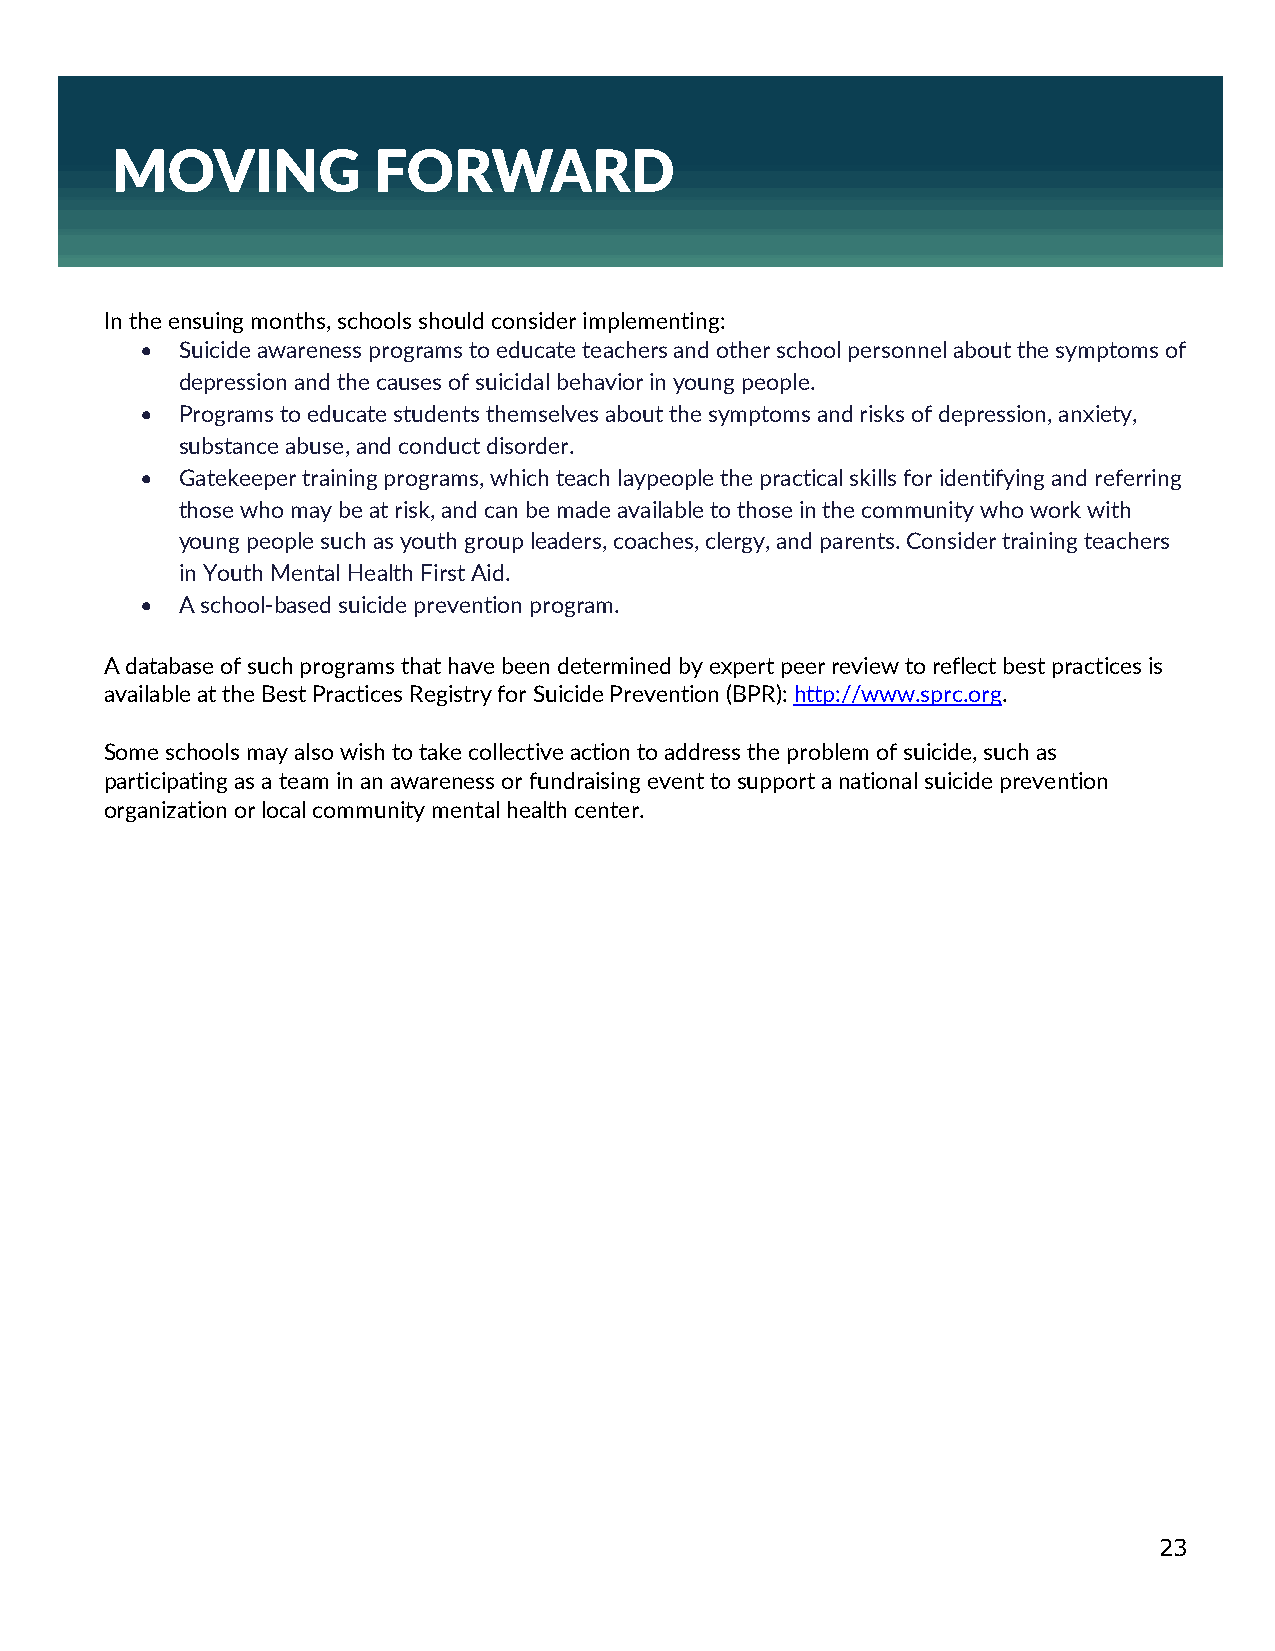
MOVING            FORWARD
 In the ensuing months, schools should consider implementing:
 •  Suicide awareness programs to educate teachers and other school personnel about the symptoms of
 depression and the causes of suicidal behavior in young people.
 •  Programs to educate students themselves about the symptoms and risks of depression, anxiety,
 substance abuse, and conduct disorder.
 •  Gatekeeper training programs, which teach laypeople the practical skills for identifying and referring
 those who may be at risk, and can be made available to those in the community who work with
 young people such as youth group leaders, coaches, clergy, and parents. Consider training teachers
 in Youth Mental Health First Aid.
 •  A school-based suicide prevention program.
 A database of such programs that have been determined by expert peer review to reflect best practices is
 available at the Best Practices Registry for Suicide Prevention (BPR): http://www.sprc.org.
 Some schools may also wish to take collective action to address the problem of suicide, such as
 participating as a team in an awareness or fundraising event to support a national suicide prevention
 organization or local community mental health center.
 23